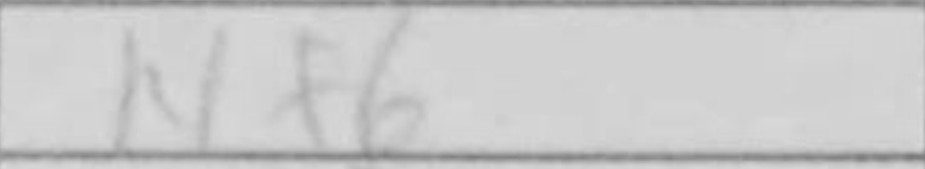
Transcription: Nf6